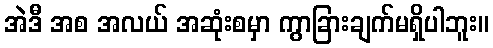
အဲဒီ အစ အလယ် အဆုံးစမှာ ကွာခြားချက်မရှိပါဘူး။